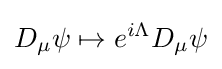
D_{\mu }\psi \mapsto e^{i\Lambda }D_{\mu }\psi